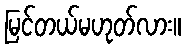
မြင်တယ်မဟုတ်လား။